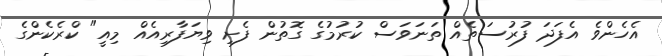
އެހެންވެ އެފަދަ ފުރުސަތެއް ތަނަވަސް ކުރުމުގެ ގޮތުން ފެށި ވިޔަފާރިއެއް މިއީ" ކްރެކެންގެ